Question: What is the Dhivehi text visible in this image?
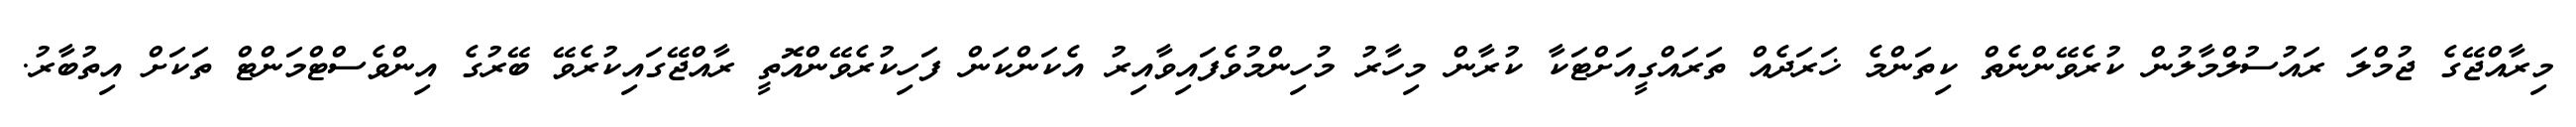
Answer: މިރާއްޖޭގެ ޖުމްލަ ރައުސުލްމާލުން ކުރެވޭންނެތް ކިތަންމެ ޚަރަދެއް ތަރައްގީއަށްޓަކާ ކުރާން މިހާރު މުހިންމުވެފައިވާއިރު އެކަންކަން ފަހިކުރެވޭންއޮތީ ރާއްޖޭގައިކުރެވޭ ބޭރުގެ އިންވެސްޓްމަންޓް ތަކަށް އިތުބާރު.